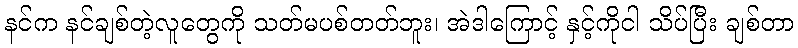
နင်က နင်ချစ်တဲ့လူတွေကို သတ်မပစ်တတ်ဘူး၊ အဲဒါကြောင့် နှင့်ကိုငါ သိပ်ပြီး ချစ်တာ